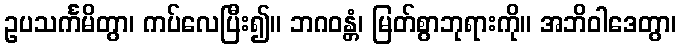
ဥပသင်္ကမိတွာ၊ ကပ်လေပြီး၍။ ဘဂဝန္တံ၊ မြတ်စွာဘုရားကို။ အဘိဝါဒေတွာ၊